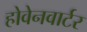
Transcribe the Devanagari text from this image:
होवेनवार्टर